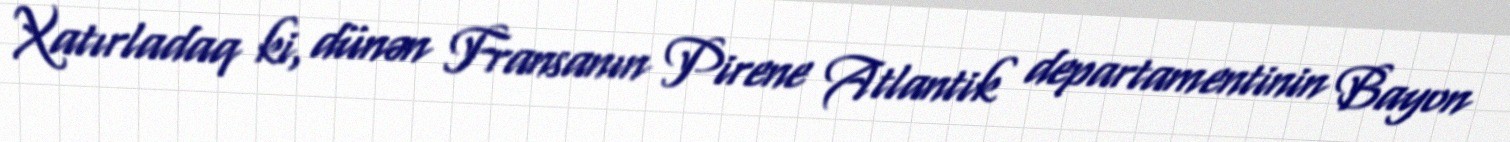
Xatırladaq ki, dünən Fransanın Pirene Atlantik departamentinin Bayon